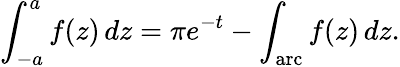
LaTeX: \int_{-a}^{a}f(z)\, dz=\pi e^{-t}-\int_{\mathrm{arc}}f(z)\, dz.